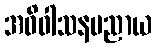
အဓိဝါသနမညာယ